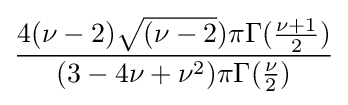
{\frac {4(\nu -2){\sqrt {(\nu -2}})\pi \Gamma ({\frac {\nu +1}{2}})}{(3-4\nu +\nu ^{2})\pi \Gamma ({\frac {\nu }{2}})}}